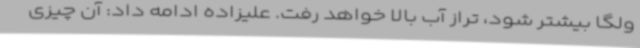
ولگا بیشتر شود، تراز آب بالا خواهد رفت. علیزاده ادامه داد: آن چیزی